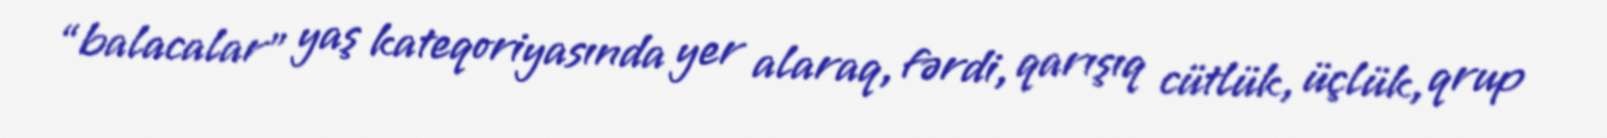
“balacalar” yaş kateqoriyasında yer alaraq, fərdi, qarışıq cütlük, üçlük, qrup